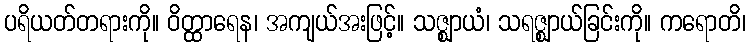
ပရိယတ်တရားကို။ ဝိတ္ထာရေန၊ အကျယ်အးဖြင့်။ သဇ္ဈာယံ၊ သရဇ္ဈာယ်ခြင်းကို။ ကရောတိ၊